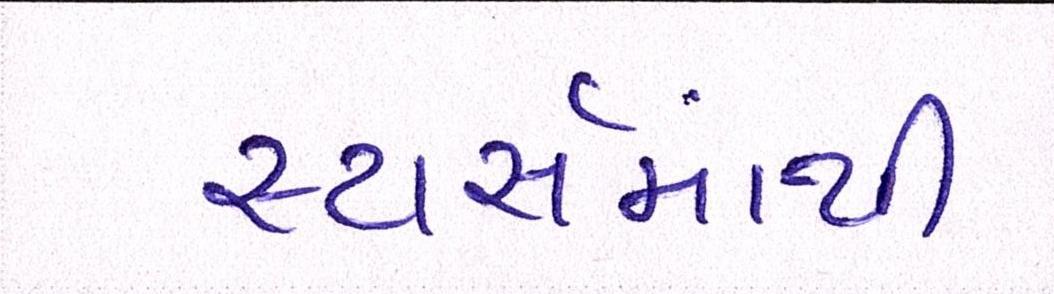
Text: સ્ટાર્સમાંથી